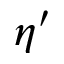
\eta ^ { \prime }